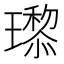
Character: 𬎙